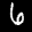
Label: 6